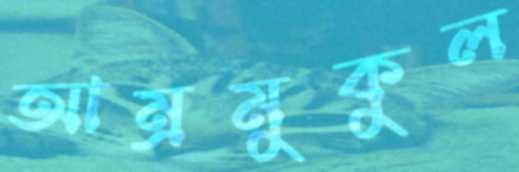
আম্রমুকুল